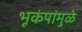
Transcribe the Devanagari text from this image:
भूकंपांमुळे